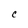
Character: c